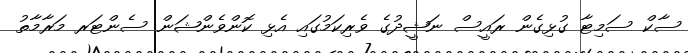
ސާކް ސަމިޓާ ގުޅިގެން ރައީސް ނަޝީދުގެ ވެރިކަމުގައި އެޅި ކޮންވެންޝަން ސެންޓަރ މަރާމާތު